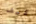
كيف